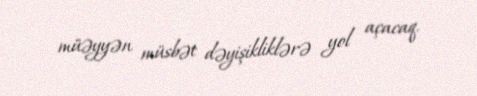
müəyyən müsbət dəyişikliklərə yol açacaq.